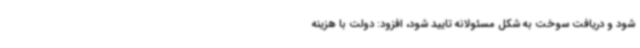
شود و دریافت سوخت به شکل مسئولانه تایید شود، افزود: دولت با هزینه